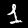
Digit: 1